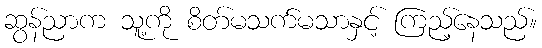
ဆွန်ညာက သူ့ကို စိတ်မသက်မသာနှင့် ကြည့်နေသည်။